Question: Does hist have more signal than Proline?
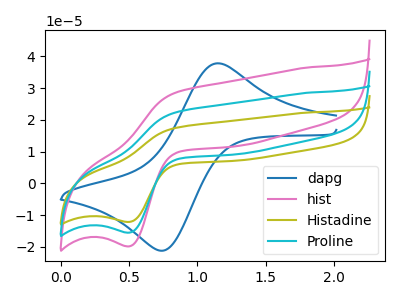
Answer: <think>The blue curve "dapg" has an anodic peak at (1.15V, 37.80uA) and a cathodic peak at (0.75V, -21.05uA). The pink curve "hist" has an anodic peak at (0.85V, 28.50uA) and a cathodic peak at (0.50V, -19.80uA). The olive curve "Histadine" has an anodic peak at (0.85V, 44.60uA) and a cathodic peak at (0.50V, -30.95uA). The cyan curve "Proline" has an anodic peak at (0.85V, 22.30uA) and a cathodic peak at (0.50V, -15.45uA).
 All the peaks in "hist" have a peak in "Proline" at the same potential. Every peak in "hist" is higher than every peak in "Proline".</think>
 <answer>"hist" has more signal than "Proline".</answer>
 <eval>more_signal</eval>